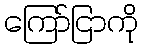
ကြော်ငြာကို